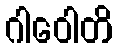
ဂါဝေါတိ